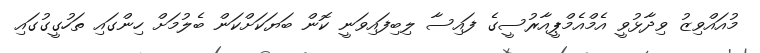
މުއައްވިޒު ވިދާޅުވީ އެމްއެމްޕީއާރުސީގެ ފައިސާ ލިބިފައިވަނީ ކޮން ބަޔަކަށްކަން ބެލުމަށް ހިންގައި ތަހުގީގުގައި